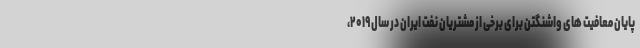
پایان معافیت های واشنگتن برای برخی از مشتریان نفت ایران در سال ۲۰۱۹،